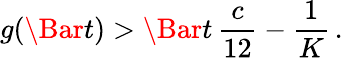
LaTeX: g(\Bar{t})>\Bar{t}\, \frac{c}{12}-\frac{1}{K}\, .